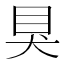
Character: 狊